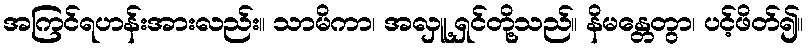
အကြင်ရဟန်းအားလည်း။ သာမိကာ၊ အလှူ့ရှင်တို့သည်။ နိမန္တေတွာ၊ ပင့်ဖိတ်၍။